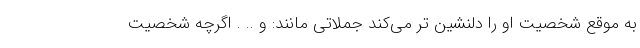
به موقع شخصیت او را دلنشین تر می‌کند جملاتی مانند: و .. . اگرچه شخصیت